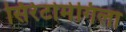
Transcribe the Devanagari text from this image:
सिरेटोमेगिला